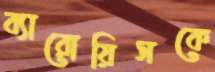
ব্যারোয়িসকে